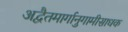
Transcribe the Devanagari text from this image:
अद्वैतमार्गानुगामीसाधक